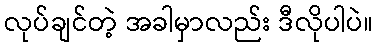
လုပ်ချင်တဲ့ အခါမှာလည်း ဒီလိုပါပဲ။